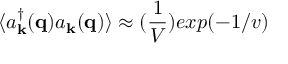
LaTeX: \langle a _ { { \bf { k } } } ^ { \dagger } ( { \bf { q } } ) a _ { { \bf { k } } } ( { \bf { q } } ) \rangle \approx ( \frac { 1 } { V } ) e x p ( - 1 / v )